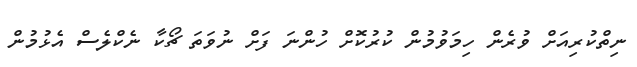
ނިތްކުރިއަށް ވުރެން ހިމަވުމުން ކުރުކޮށް ހުންނަ ފަށް ނުވަތަ ޗޯކާ ނެކްލެސް އެޅުމުން